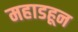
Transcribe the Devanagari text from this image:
महाडहून